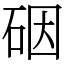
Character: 䂩